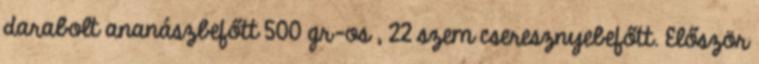
darabolt ananászbefőtt 500 gr-os , 22 szem cseresznyebefőtt. Először